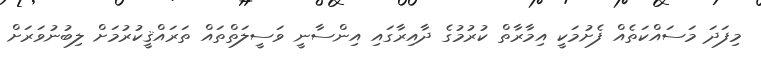
މިފަދަ މަސައްކަތެއް ފެށުމަކީ އިމާރާތް ކުރުމުގެ ދާއިރާގައި އިންސާނީ ވަސީލަތްތައް ތަރައްޤީކުރުމަށް ލިބުނުވަރަށް